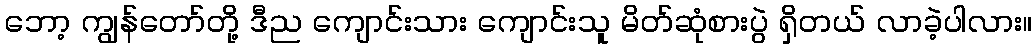
ဘော့ ကျွန်တော်တို့ ဒီည ကျောင်းသား ကျောင်းသူ မိတ်ဆုံစားပွဲ ရှိတယ် လာခဲ့ပါလား။